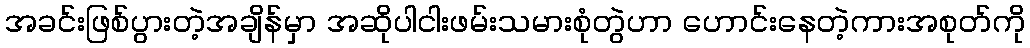
အခင်းဖြစ်ပွားတဲ့အချိန်မှာ အဆိုပါငါးဖမ်းသမားစုံတွဲဟာ ဟောင်းနေတဲ့ကားအစုတ်ကို